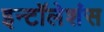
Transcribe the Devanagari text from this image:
इन्टॉलेशंस